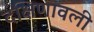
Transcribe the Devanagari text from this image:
दक्षिणावली